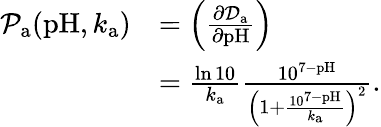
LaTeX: \begin{array}{rl}{\mathcal{P}_{\mathrm{a}}(\mathrm{pH},k_{\mathrm{a}})}&{=\left(\frac{\partial\mathcal{D}_{\mathrm{a}}}{\partial\mathrm{pH}}\right)}\\ &{=\frac{\ln{10}}{k_{\mathrm{a}}}\frac{10^{7-\mathrm{pH}}}{\left(1+\frac{10^{7-\mathrm{pH}}}{k_{\mathrm{a}}}\right)^{2}}.}\end{array}